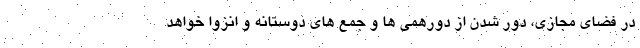
در فضای مجازی، دور شدن از دورهمی ها و جمع های دوستانه و انزوا خواهد